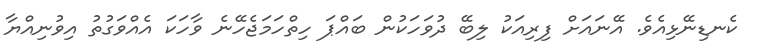
ކެނޑިނޭޅިއެވެ. އޭނައަށް ފިރިއަކު ލިބޭ ދުވަހަކުން ބައްޕަ ހިތްހަމަޖެހޭނެ ވާހަކަ އެއްވަގުތު އިވުނިއްޔާ